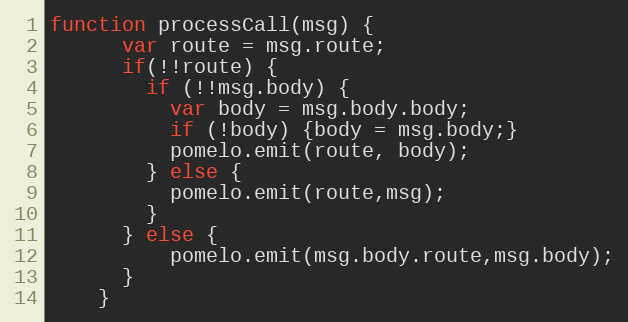
Language: JavaScript
function processCall(msg) {
      var route = msg.route;
      if(!!route) {
        if (!!msg.body) {
          var body = msg.body.body;
          if (!body) {body = msg.body;}
          pomelo.emit(route, body);
        } else {
          pomelo.emit(route,msg);
        }
      } else {
          pomelo.emit(msg.body.route,msg.body);
      }
    }